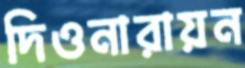
দিওনারায়ন